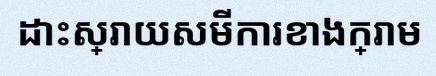
ដោះស្រាយសមីការខាងក្រោម